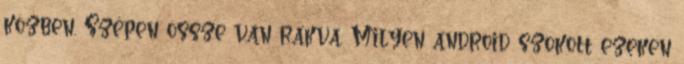
közben. Szépen össze van rakva. Milyen android szokott ezeken